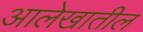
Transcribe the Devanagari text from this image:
आलेखातील